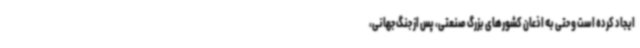
ایجاد کرده است و حتی به اذعان کشورهای بزرگ صنعتی، پس از جنگ جهانی،